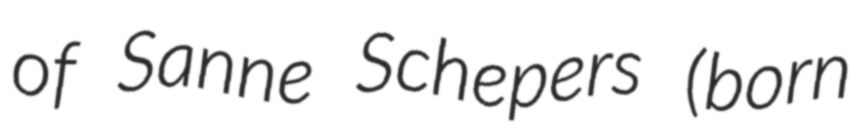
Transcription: of Sanne Schepers (born